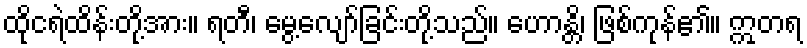
ထိုငရဲထိန်းတို့အား။ ရတီ၊ မွေ့လျော်ခြင်းတို့သည်။ ဟောန္တိ၊ ဖြစ်ကုန်၏။ ဣတရ